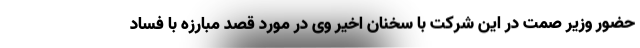
حضور وزیر صمت در این شرکت با سخنان اخیر وی در مورد قصد مبارزه با فساد